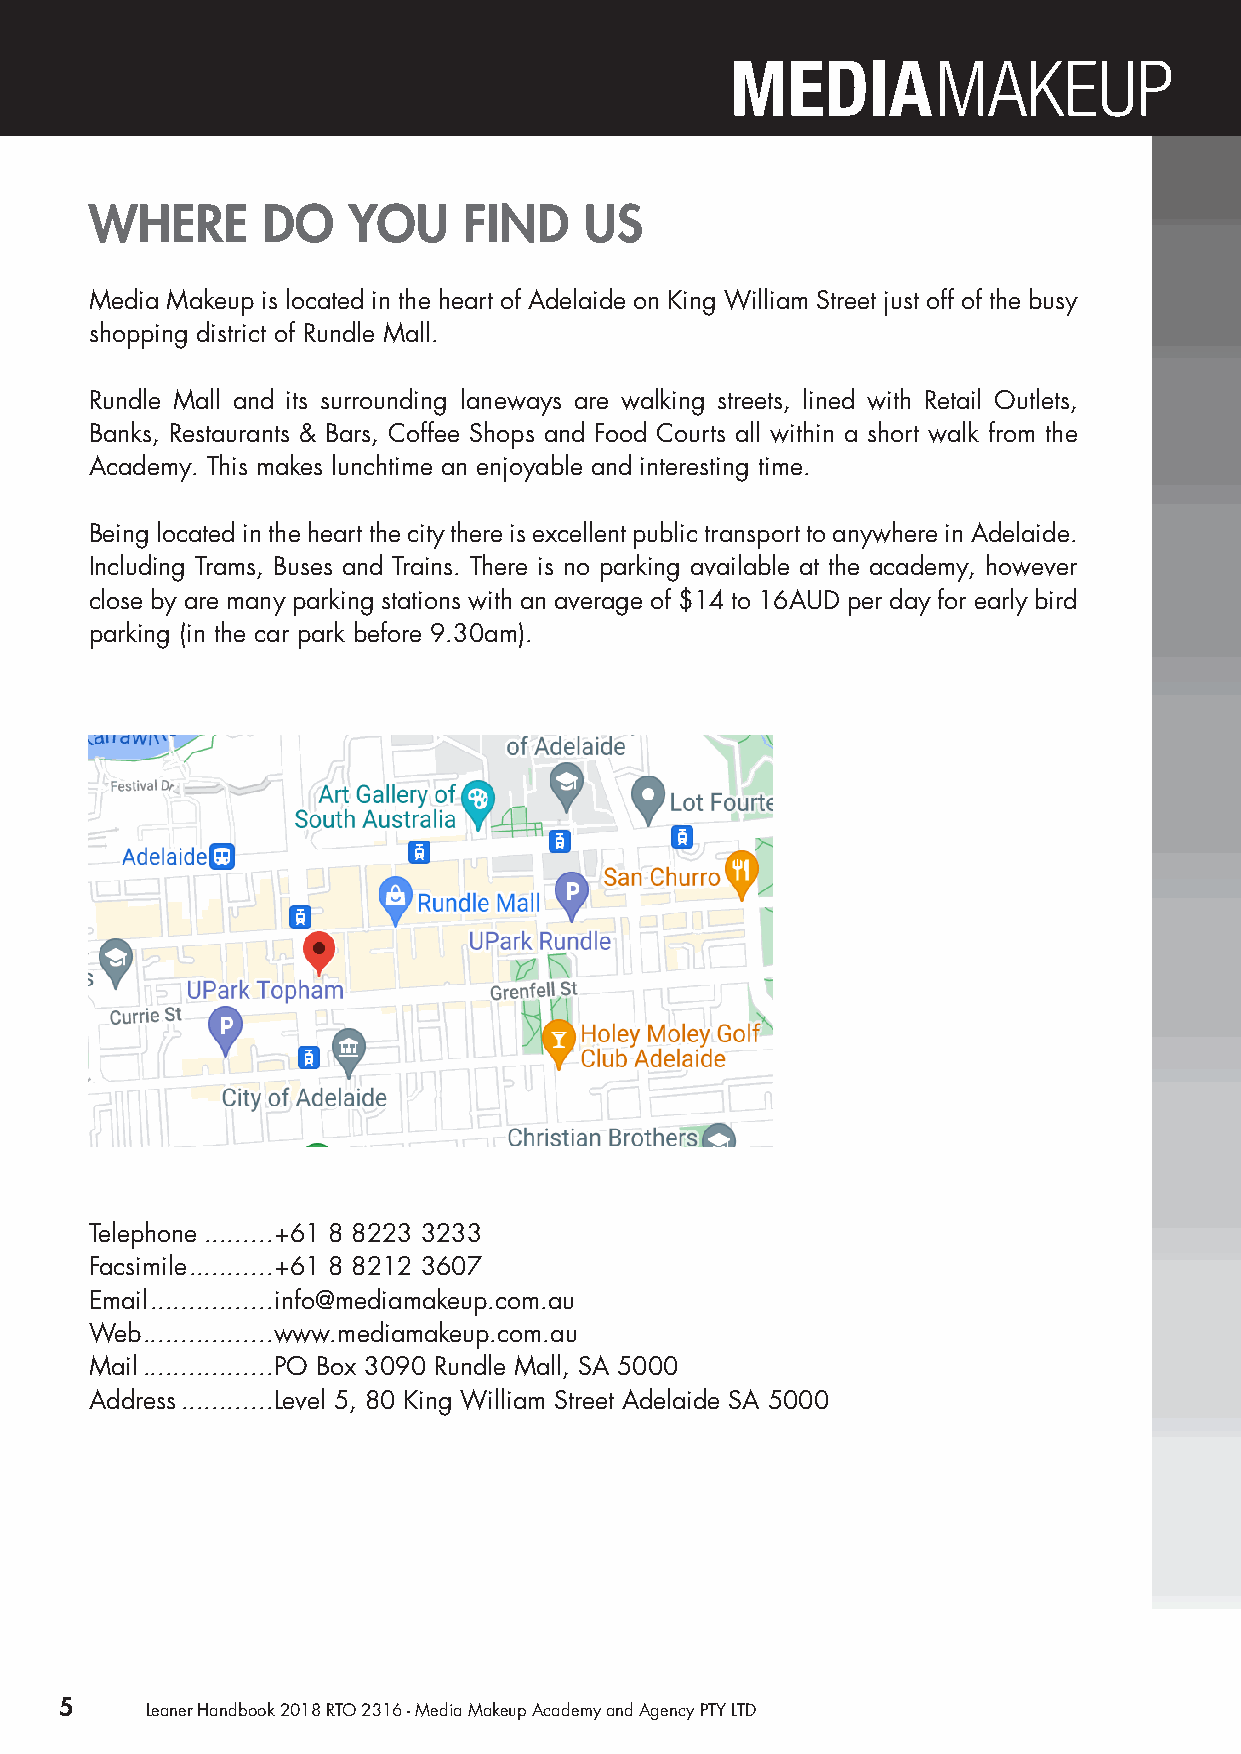
WHERE      DO    YOU     FIND    US
 Media Makeup is located in the heart of Adelaide on King William Street just off of the busy
 shopping district of Rundle Mall.
 Rundle Mall and its surrounding laneways are walking streets, lined with Retail Outlets,
 Banks, Restaurants & Bars, Coffee Shops and Food Courts all within a short walk from the
 Academy. This makes lunchtime an enjoyable and interesting time.
 Being located in the heart the city there is excellent public transport to anywhere in Adelaide.
 Including Trams, Buses and Trains. There is no parking available at the academy, however
 close by are many parking stations with an average of $14 to 16AUD per day for early bird
 parking (in the car park before 9.30am).
 Telephone .........+61 8 8223 3233
 Facsimile ...........+61 8 8212 3607
 Email ................info@mediamakeup.com.au
 Web .................www.mediamakeup.com.au
 Mail .................PO Box 3090 Rundle Mall, SA 5000
 Address ............Level 5, 80 King William Street Adelaide SA 5000
 5     Leaner Handbook 2018 RTO 2316 - Media Makeup Academy and Agency PTY LTD